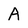
Character: A